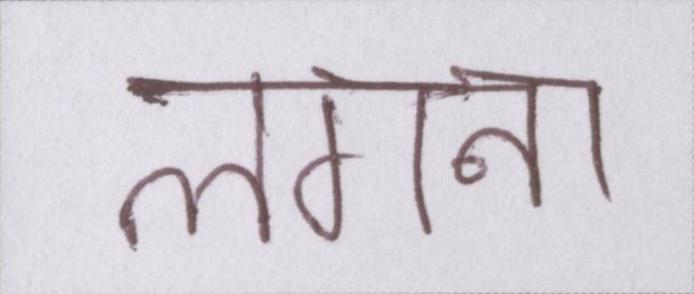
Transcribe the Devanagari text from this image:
लगना